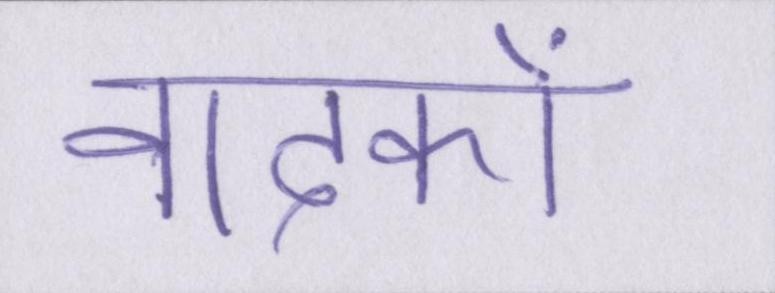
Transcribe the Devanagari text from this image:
वादकों